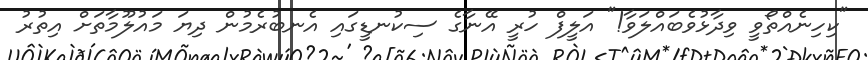
"ކިހިނެއްތޯވީ ވިދާޅުވެބައްލަވާ!" އަލީފް ހުރީ އޭނާގެ ސިކުނޑީގައި އެނބުރެމުން ދިޔަ މައުލޫމާތަށް އިތުރު